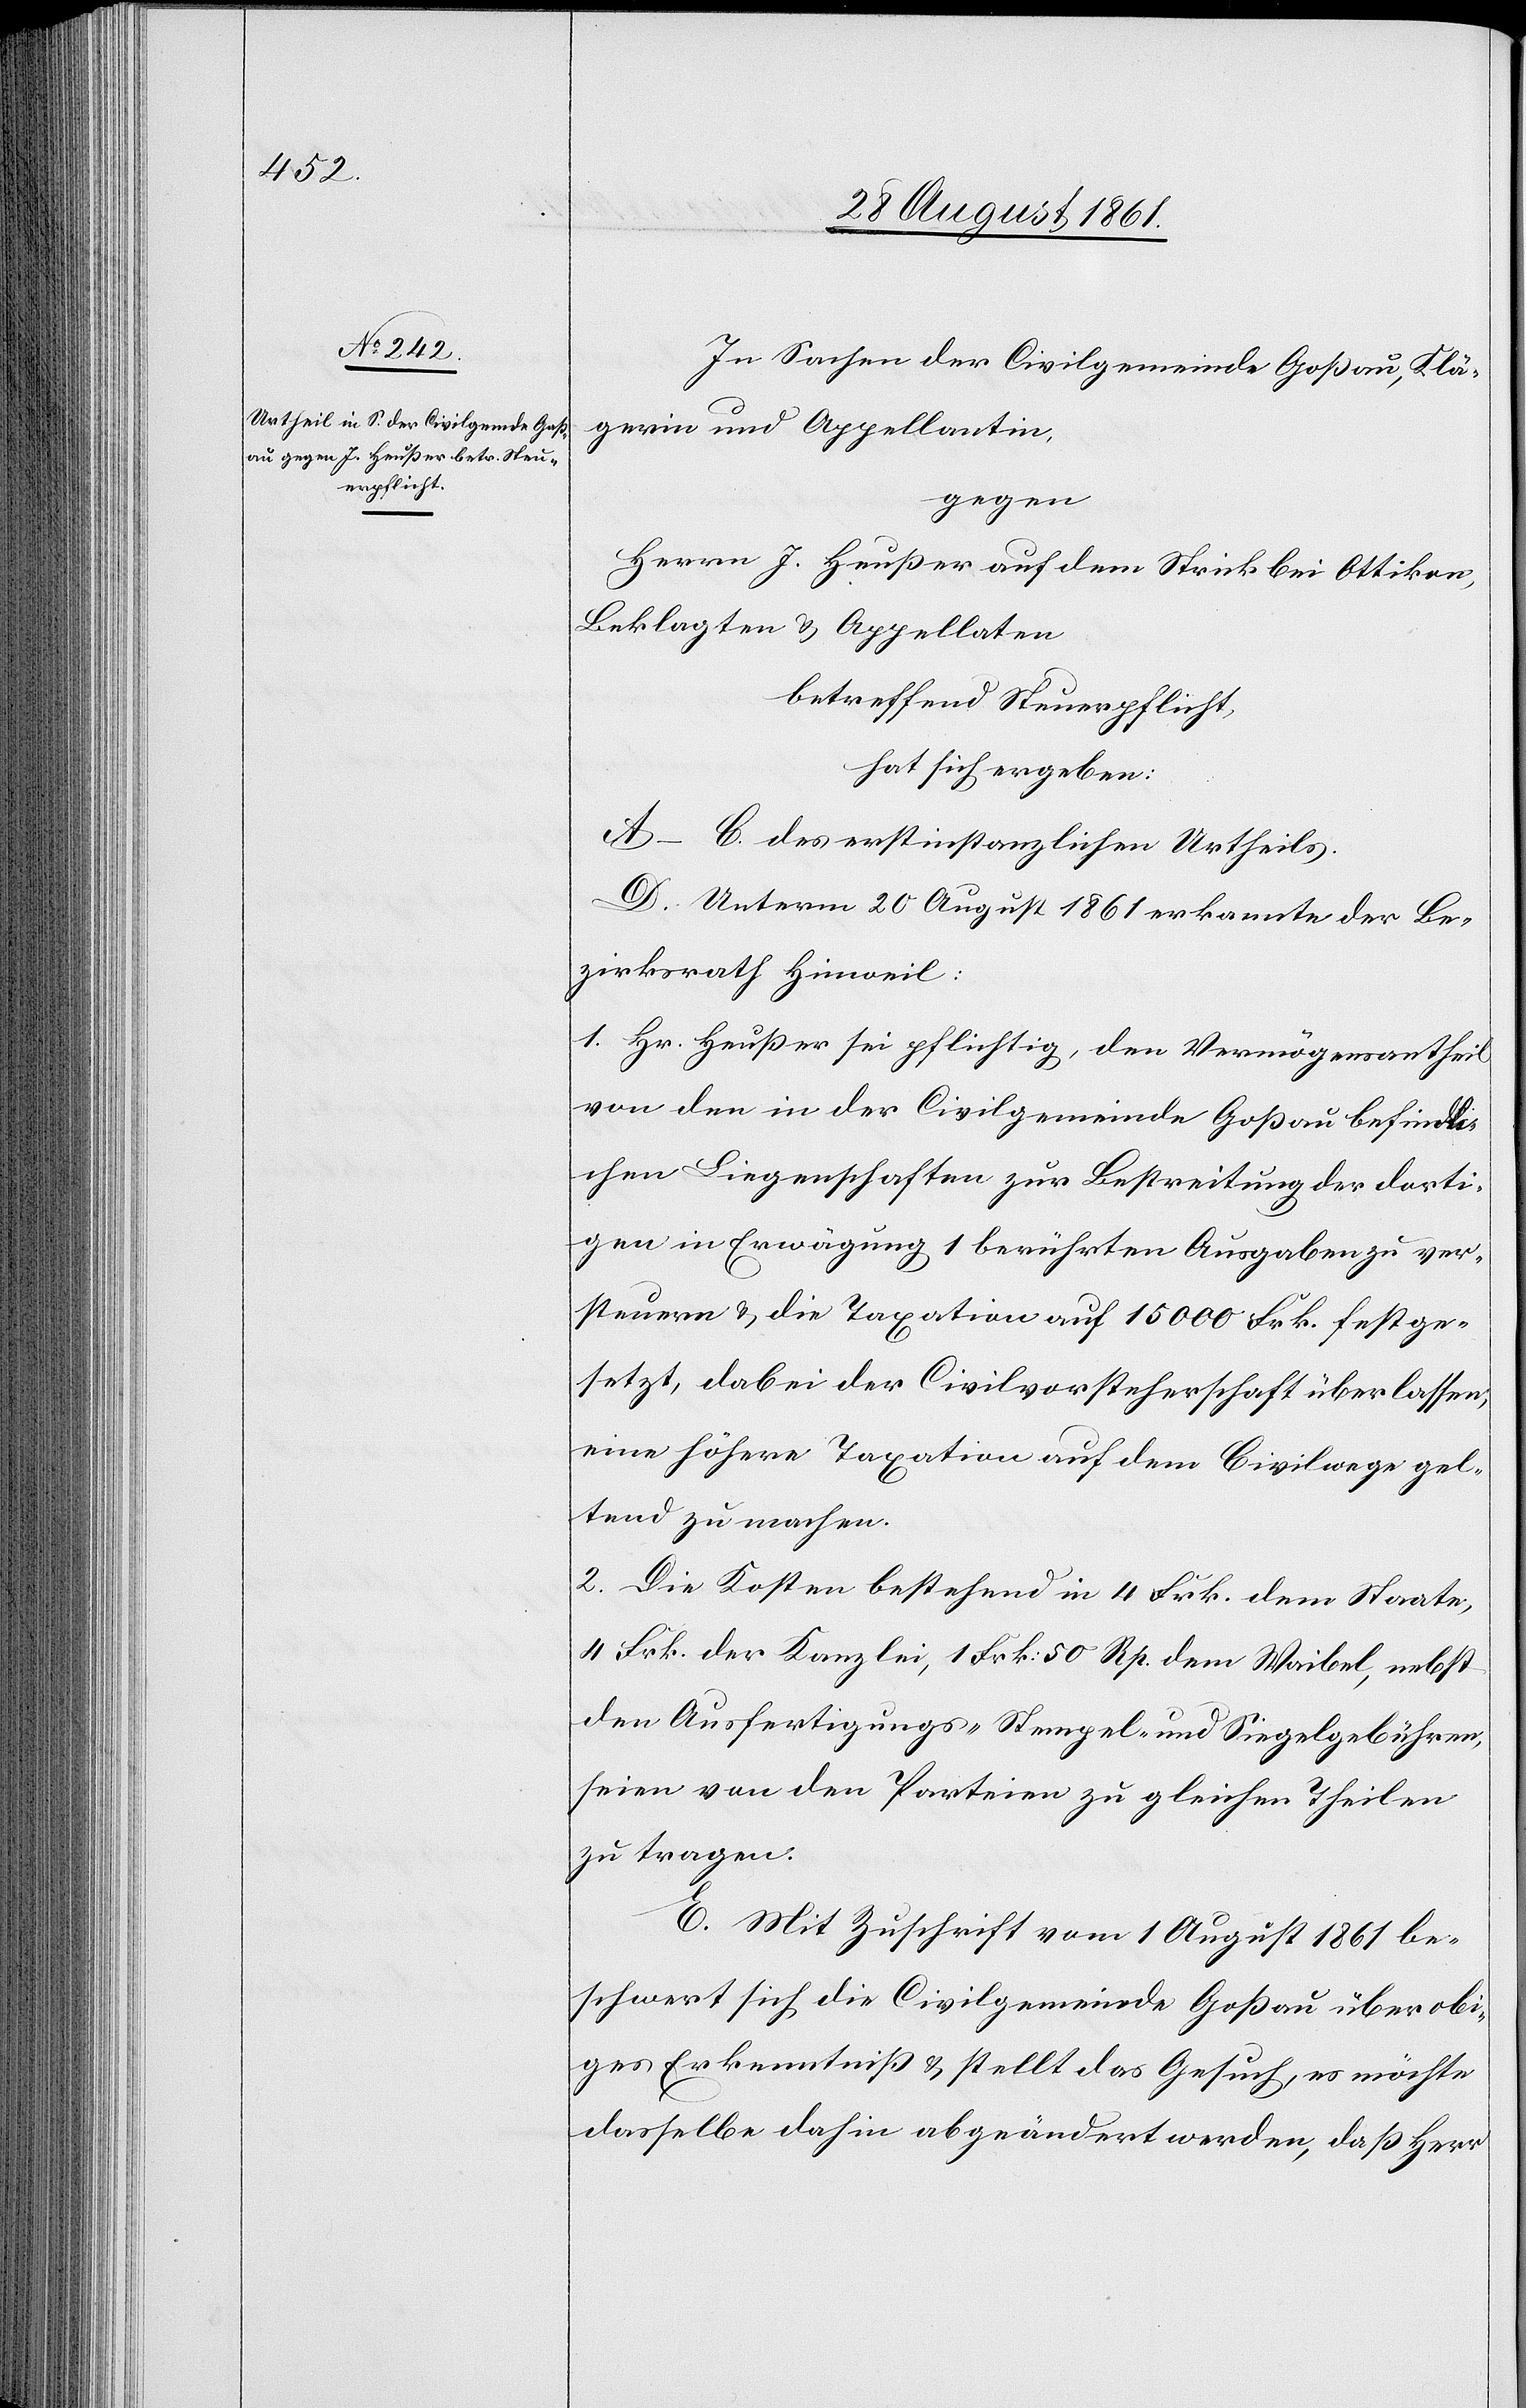
In Sachen der Civilgemeinde Goßau, Klä¬
gerin und Appellantin,
gegen
Herrn J. Heußer auf dem Strick bei Ottikon,
Beklagten u. Appellaten
betreffend Steuerpflicht,
hat sich ergeben:
A–C. des erstinstanzlichen Urtheils.
D. Unterm 20 August 1861 erkannte der Be¬
zirksrath Hinweil:
1. Hr. Heußer sei pflichtig, den Vermögensantheil
von den in der Civilgemeinde Goßau befindli¬
chen Liegenschaften zur Bestreitung der dorti¬
gen in Erwägung 1 berührten Ausgaben zu ver¬
steuern u. die Taxation auf 15000 Frk. festge¬
setzt, dabei der Civilvorsteherschaft überlassen,
eine höhere Taxation auf dem Civilwege gel¬
tend zu machen.
2. Die Kosten bestehend in 4 Frk. dem Staate,
4 Frk. der Kanzlei, 1 Frk. 50 Rp. dem Waibel, nebst
den Ausfertigungs-[,] Stempel- und Siegelgebühren,
seien von den Parteien zu gleichen Theilen
zu tragen.
E. Mit Zuschrift vom 1 August 1861 be¬
schwert sich die Civilgemeinde Goßau über obi¬
ges Erkenntniß u. stellt das Gesuch, es möchte
dasselbe dahin abgeändert werden, daß Herr